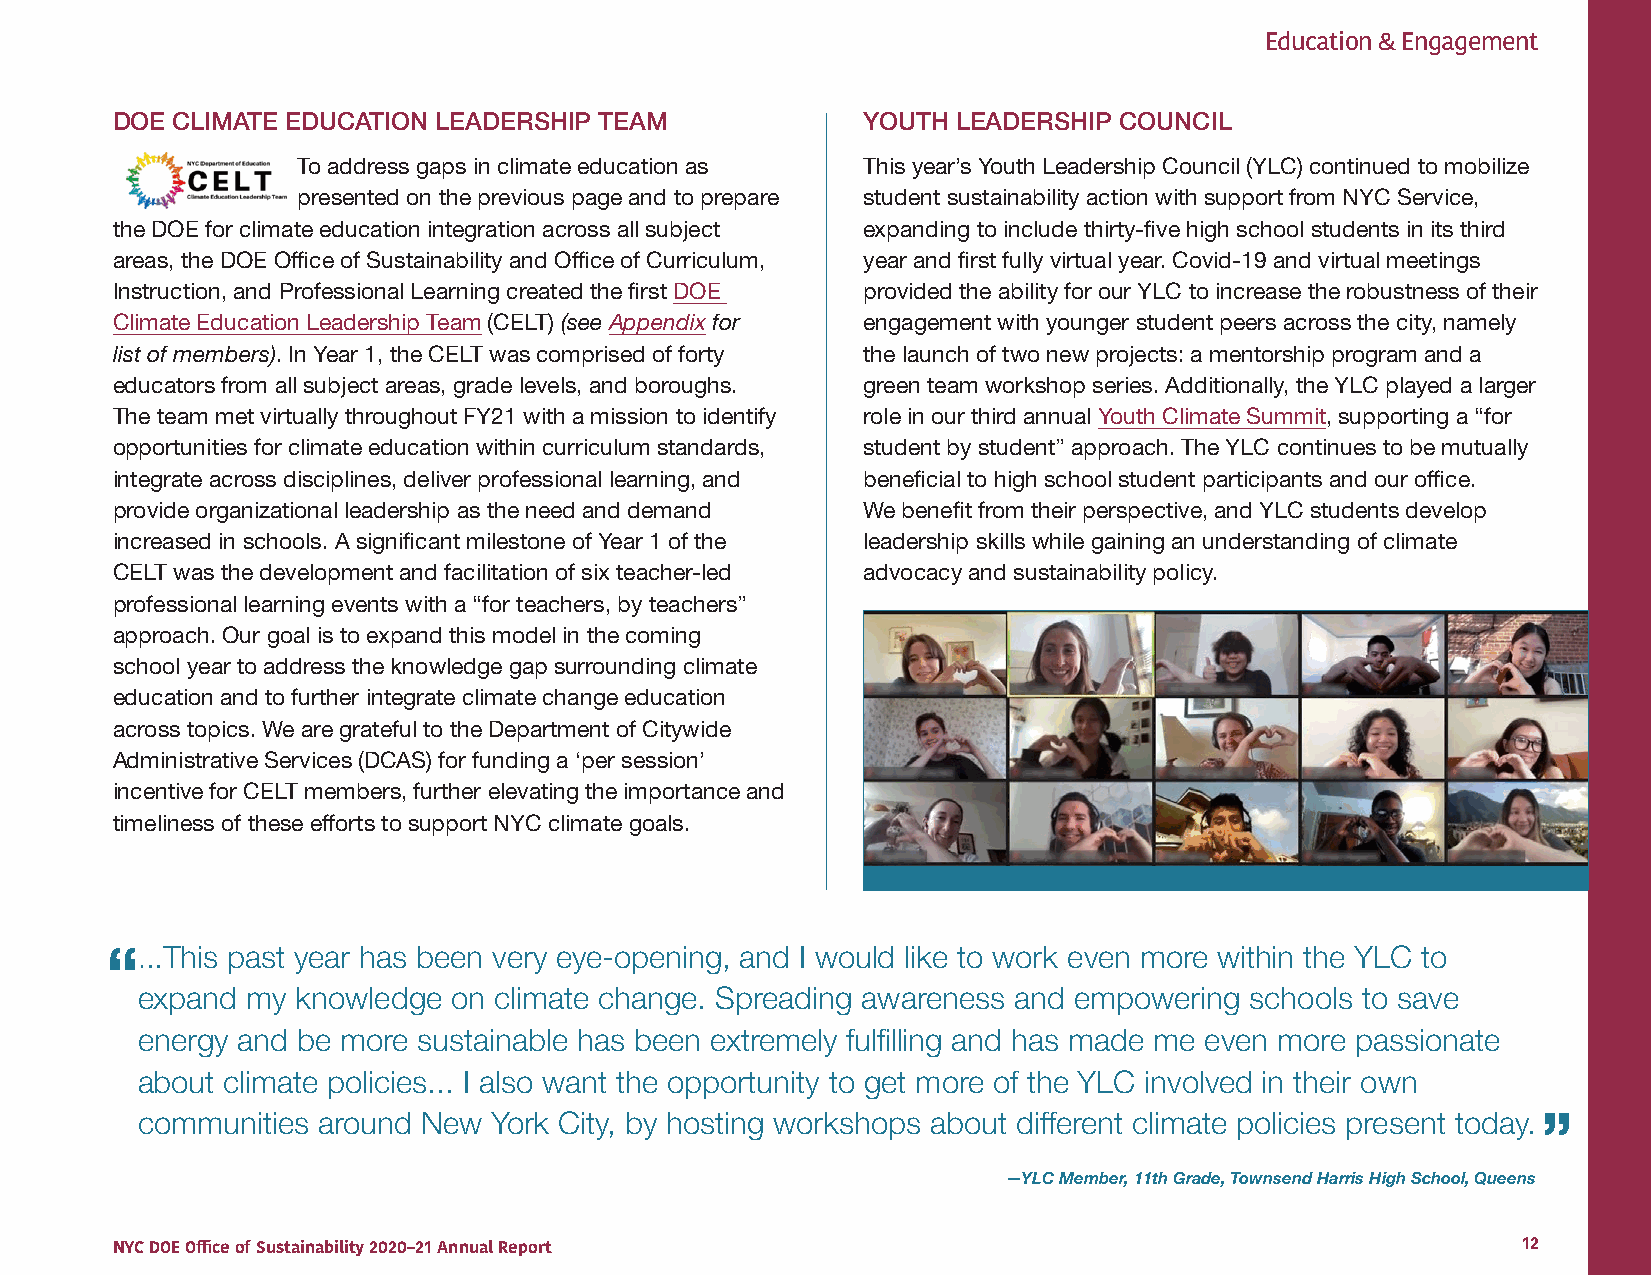
Education & Engagement
 DOE CLIMATE EDUCATION LEADERSHIP TEAM             YOUTH LEADERSHIP COUNCIL
 To address gaps in climate education as This year’s Youth Leadership Council (YLC) continued to mobilize
 presented on the previous page and to prepare student sustainability action with support from NYC Service,
 the DOE for climate education integration across all subject expanding to include thirty-five high school students in its third
 areas, the DOE Office of Sustainability and Office of Curriculum, year and first fully virtual year. Covid-19 and virtual meetings
 Instruction, and Professional Learning created the first DOE provided the ability for our YLC to increase the robustness of their
 Climate Education Leadership Team (CELT) (see Appendix for engagement with younger student peers across the city, namely
 list of members). In Year 1, the CELT was comprised of forty the launch of two new projects: a mentorship program and a
 educators from all subject areas, grade levels, and boroughs. green team workshop series. Additionally, the YLC played a larger
 The team met virtually throughout FY21 with a mission to identify role in our third annual Youth Climate Summit, supporting a “for
 opportunities for climate education within curriculum standards, student by student” approach. The YLC continues to be mutually
 integrate across disciplines, deliver professional learning, and beneficial to high school student participants and our office.
 provide organizational leadership as the need and demand We benefit from their perspective, and YLC students develop
 increased in schools. A significant milestone of Year 1 of the leadership skills while gaining an understanding of climate
 CELT was the development and facilitation of six teacher-led advocacy and sustainability policy.
 professional learning events with a “for teachers, by teachers”
 approach. Our goal is to expand this model in the coming
 school year to address the knowledge gap surrounding climate
 education and to further integrate climate change education
 across topics. We are grateful to the Department of Citywide
 Administrative Services (DCAS) for funding a ‘per session’
 incentive for CELT members, further elevating the importance and
 timeliness of these efforts to support NYC climate goals.
 “...This past year has been very eye-opening, and I would like to work even more within the YLC to
 expand my  knowledge on climate change. Spreading awareness and empowering schools to save
 energy and be more sustainable has been extremely fulfilling and has made me even more passionate
 about climate policies... I also want the opportunity to get more of the YLC involved in their own
 communities around New York City, by hosting workshops about different climate policies present today. ”
 —YLC Member, 11th Grade, Townsend Harris High School, Queens
 NYC DOE Office of Sustainability 2020–21 Annual Report                                        12